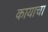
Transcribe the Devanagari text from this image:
कायाचा